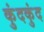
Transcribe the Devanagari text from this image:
कुंदकुंद